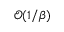
\mathcal { O } ( 1 / \beta )